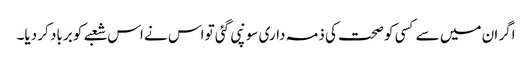
اگر ان میں سے کسی کو صحت کی ذمہ داری سونپی گئی تو اس نے اس شعبے کو برباد کر دیا۔